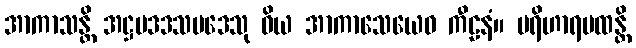
အာကာသန္တိ အဋ္ဌပဒဒသပဒေသု ဝိယ အာကာသေယေဝ ကီဠနံ။ ပရိဟာရပထန္တိ